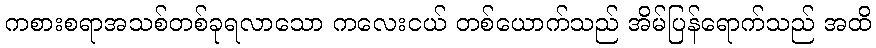
ကစားစရာအသစ်တစ်ခုရလာသော ကလေးငယ် တစ်ယောက်သည် အိမ်ပြန်ရောက်သည် အထိ